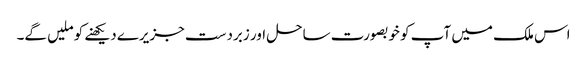
اس ملک میں آپ کو خوبصورت ساحل اور زبردست جزیرے دیکھنے کو ملیں گے۔